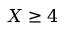
X \geq 4